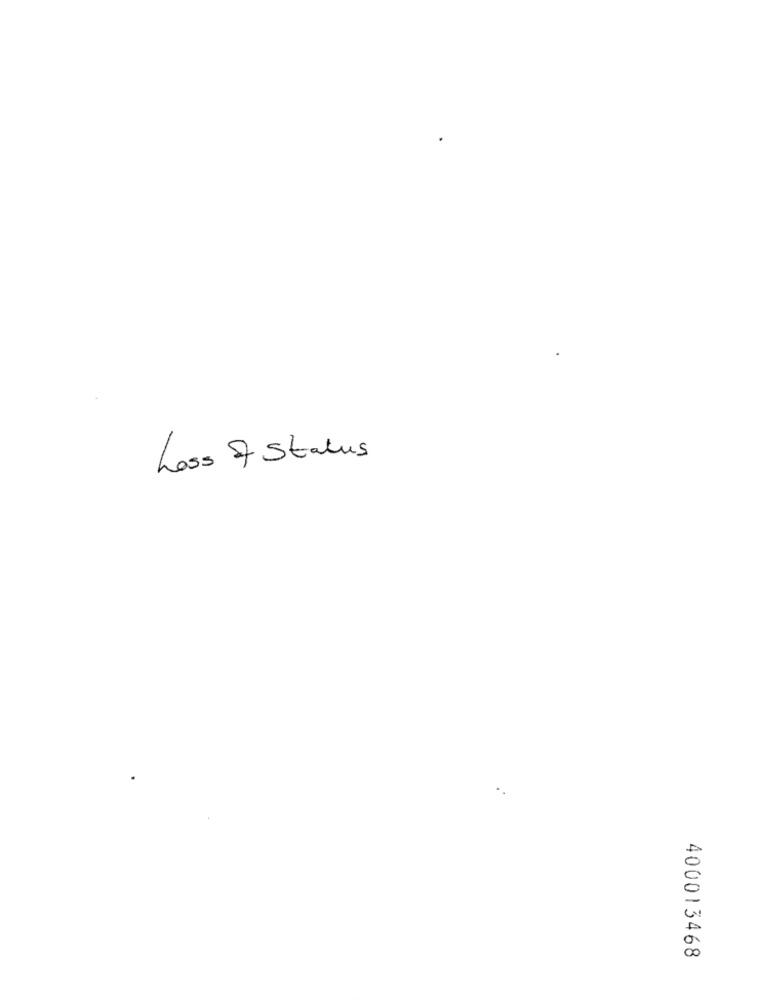
Loss of Status
400013468